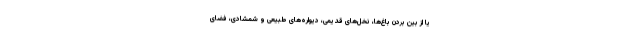
یا از بین بردن باغ‌ها، نخل‌های قدیمی، دیواره‌های طبیعی و شمشادی، فضای